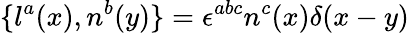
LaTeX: \{ l^{a}(x),n^{b}(y)\} =\epsilon^{abc}n^{c}(x)\delta(x-y)